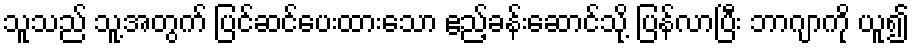
သူသည် သူ့အတွက် ပြင်ဆင်ပေးထားသော ဧည့်ခန်းဆောင်သို့ ပြန်လာပြီး ဘာဂျာကို ယူ၍